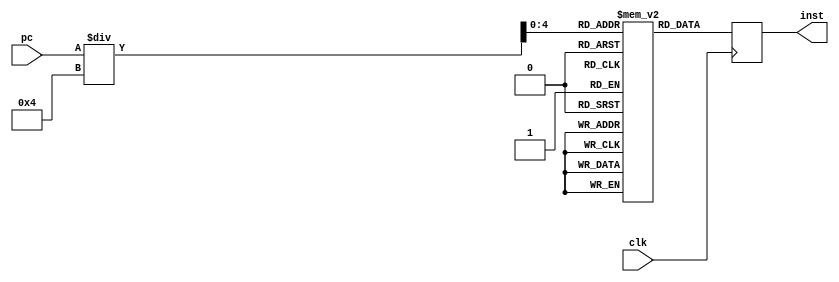

	module im(inst, pc, clk);
		input [31:0] pc;
		input clk;
		output [31:0] inst;
		reg [31:0] mem[0:31];		//32 mem locns each 32 bit wide
		reg [31:0] inst;
		
		integer addr;

		initial begin
			mem[0] = 32'h00000000;
			mem[1] = 32'h00000000;
			mem[2] = 32'h00000000;
			mem[3] = 32'b10001100000100010000000000001000;
			mem[4] = 32'b10001100000100100000000000000100;
			mem[5] = 32'b00000010001100100100000000100000;
		end
				
		always @(posedge clk) begin
			addr = pc[31:0];
			inst = mem[addr/4];
		end	
		
	endmodule